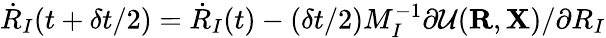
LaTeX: {\dot{R}}_{I}(t+\delta t/2)={\dot{R}}_{I}(t)-(\delta t/2)M_{I}^{-1}\partial{\cal U}({\mathbf R},{\mathbf X})/\partial R_{I}